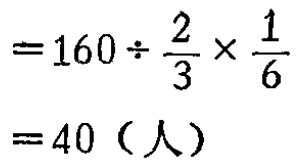
\[

\begin{align*}

&=160\div\frac{2}{3}\times\frac{1}{6}\\

& = 40（人）

\end{align*}

\]